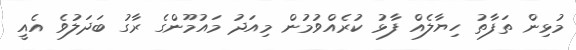
މުޅިން ތަފާތު ހިޔާލެއް ފާޅު ކުރެއްވުމުން މިއަދު މައުމޫންގެ ރާގު ބަދަލުވެ އެއީ